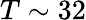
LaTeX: T\sim 32